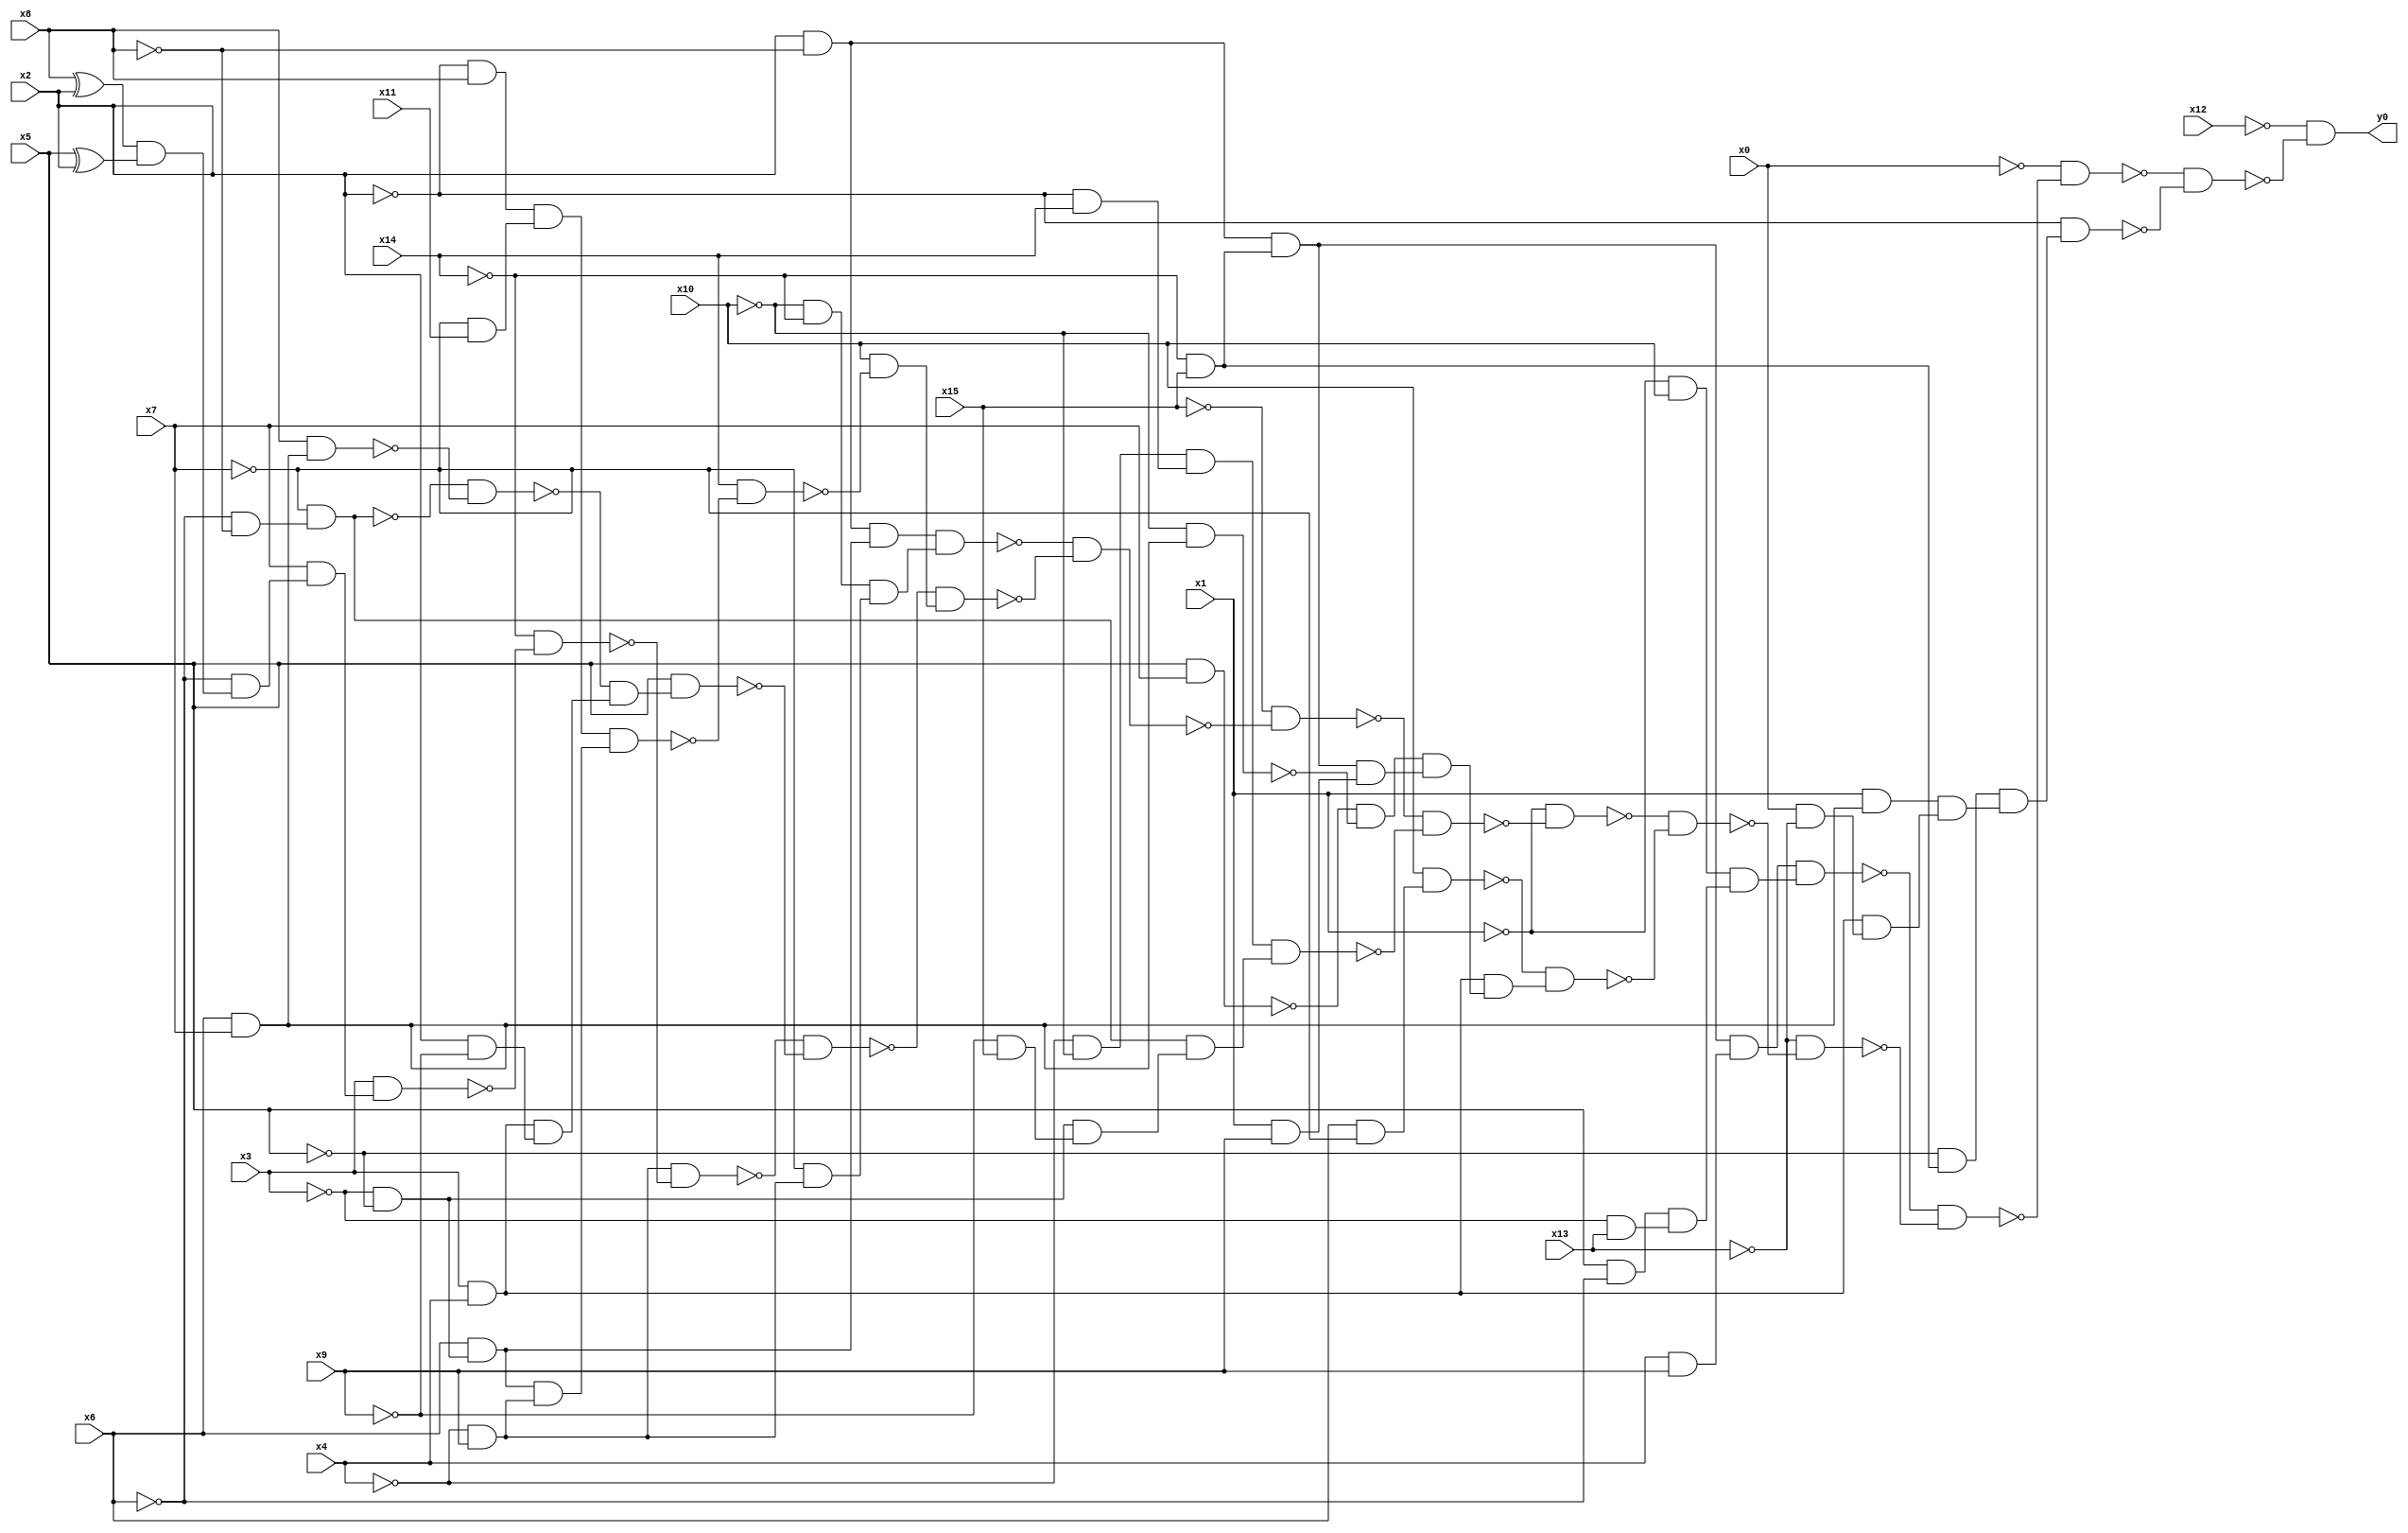
module top( x0 , x1 , x2 , x3 , x4 , x5 , x6 , x7 , x8 , x9 , x10 , x11 , x12 , x13 , x14 , x15 , y0 );
  input x0 , x1 , x2 , x3 , x4 , x5 , x6 , x7 , x8 , x9 , x10 , x11 , x12 , x13 , x14 , x15 ;
  output y0 ;
  wire n17 , n18 , n19 , n20 , n21 , n22 , n23 , n24 , n25 , n26 , n27 , n28 , n29 , n30 , n31 , n32 , n33 , n34 , n35 , n36 , n37 , n38 , n39 , n40 , n41 , n42 , n43 , n44 , n45 , n46 , n47 , n48 , n49 , n50 , n51 , n52 , n53 , n54 , n55 , n56 , n57 , n58 , n59 , n60 , n61 , n62 , n63 , n64 , n65 , n66 , n67 , n68 , n69 , n70 , n71 , n72 , n73 , n74 , n75 , n76 , n77 , n78 , n79 , n80 , n81 , n82 , n83 , n84 , n85 , n86 , n87 , n88 , n89 , n90 , n91 , n92 , n93 , n94 , n95 , n96 ;
  assign n17 = x2 & ~x8 ;
  assign n18 = ~x14 & x15 ;
  assign n19 = n17 & n18 ;
  assign n20 = x4 & x9 ;
  assign n21 = n19 & n20 ;
  assign n22 = ~x1 & x10 ;
  assign n23 = x5 & ~x6 ;
  assign n24 = ~x3 & x13 ;
  assign n25 = n23 & n24 ;
  assign n26 = n22 & n25 ;
  assign n27 = n21 & n26 ;
  assign n28 = ~x3 & ~x5 ;
  assign n29 = x6 & n28 ;
  assign n30 = n17 & n29 ;
  assign n31 = ~x10 & ~x14 ;
  assign n32 = ~x4 & x9 ;
  assign n33 = ~x7 & n32 ;
  assign n34 = n31 & n33 ;
  assign n35 = n30 & n34 ;
  assign n36 = x8 ^ x2 ;
  assign n37 = x5 ^ x2 ;
  assign n38 = n36 & n37 ;
  assign n39 = ~x6 & n38 ;
  assign n40 = x7 & n39 ;
  assign n41 = x3 & n40 ;
  assign n42 = ~x14 & ~n41 ;
  assign n43 = n32 & ~n42 ;
  assign n44 = ~x6 & ~x8 ;
  assign n45 = ~x7 & n44 ;
  assign n46 = x6 & x7 ;
  assign n47 = x8 & n46 ;
  assign n48 = ~n45 & ~n47 ;
  assign n49 = x3 & x4 ;
  assign n50 = x2 & ~x9 ;
  assign n51 = n49 & n50 ;
  assign n52 = ~n48 & n51 ;
  assign n53 = x5 & n52 ;
  assign n54 = ~n43 & ~n53 ;
  assign n55 = ~x2 & x8 ;
  assign n56 = ~x7 & x11 ;
  assign n57 = n55 & n56 ;
  assign n58 = n29 & n32 ;
  assign n59 = n57 & n58 ;
  assign n60 = x14 & ~n59 ;
  assign n61 = x10 & ~n60 ;
  assign n62 = ~n54 & n61 ;
  assign n63 = ~n35 & ~n62 ;
  assign n64 = ~x15 & ~n63 ;
  assign n65 = ~x4 & ~x10 ;
  assign n66 = ~x2 & x14 ;
  assign n67 = n65 & n66 ;
  assign n68 = ~x9 & x15 ;
  assign n69 = n28 & n68 ;
  assign n70 = n45 & n69 ;
  assign n71 = n67 & n70 ;
  assign n72 = ~n64 & ~n71 ;
  assign n73 = ~x1 & ~n72 ;
  assign n74 = x6 & ~x7 ;
  assign n75 = x10 & n74 ;
  assign n76 = x5 & x7 ;
  assign n77 = ~x10 & n46 ;
  assign n78 = ~n76 & ~n77 ;
  assign n79 = x1 & x9 ;
  assign n80 = n19 & n79 ;
  assign n81 = n78 & n80 ;
  assign n82 = n49 & n81 ;
  assign n83 = ~n75 & n82 ;
  assign n84 = ~n73 & ~n83 ;
  assign n85 = ~x13 & ~n84 ;
  assign n86 = ~n27 & ~n85 ;
  assign n87 = ~x0 & ~n86 ;
  assign n88 = ~x5 & n18 ;
  assign n89 = x1 & n46 ;
  assign n90 = x0 & ~x13 ;
  assign n91 = n49 & n90 ;
  assign n92 = n89 & n91 ;
  assign n93 = n88 & n92 ;
  assign n94 = ~x2 & n93 ;
  assign n95 = ~n87 & ~n94 ;
  assign n96 = ~x12 & ~n95 ;
  assign y0 = n96 ;
endmodule